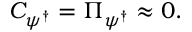
{ \cal C } _ { \psi ^ { \dagger } } = \Pi _ { \psi ^ { \dagger } } \approx 0 .